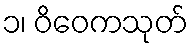
၁၊ ဝိဝေကသုတ်